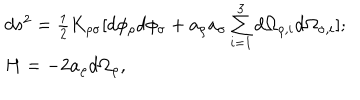
\begin{array} { l c r } { { d s ^ { 2 } = { \frac { 1 } { 2 } } K _ { \rho \sigma } [ d \phi _ { \rho } d \phi _ { \sigma } + a _ { \rho } a _ { \sigma } \sum _ { i = 1 } ^ { 3 } d \Omega _ { \rho , i } d \Omega _ { \sigma , i } ] ; } } \\ { { H = - 2 a _ { \rho } d \Omega _ { \rho } , } } \\ \end{array}